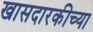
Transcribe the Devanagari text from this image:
खासदारकीच्या